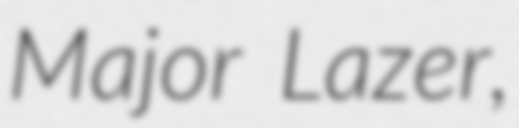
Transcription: Major Lazer,